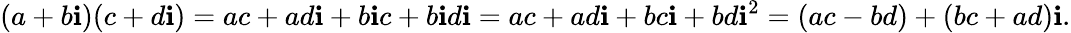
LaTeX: (a+b\mathbf{i})(c+d\mathbf{i})=ac+ad\mathbf{i}+b\mathbf{i}c+b\mathbf{i}d\mathbf{i}=ac+ad\mathbf{i}+bc\mathbf{i}+bd\mathbf{i}^{2}=(ac-bd)+(bc+ad)\mathbf{i}.